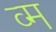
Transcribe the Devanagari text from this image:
व्म